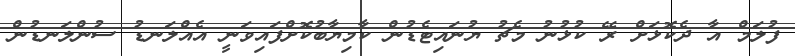
ފުލަމް އާ ދެކޮޅަށް ރޭ ކުޅުނު މެޗު ޔުނައިޓެޑުން ކާމިޔާބުކޮށްފައިވަނީ އެއްލަނޑު ސުންލަނޑުން